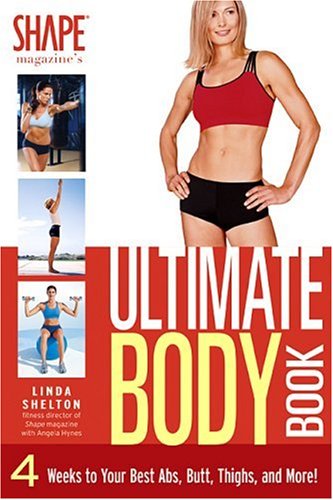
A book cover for The Ultimate Body Book: 4 Weeks to Your Best Abs, Butt, Thighs, and More!; Linda Shelton; Health, Fitness & Dieting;